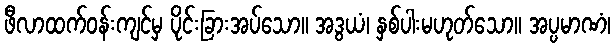
ဖီလာထက်ဝန်းကျင်မှ ပိုင်းခြားအပ်သော။ အဒွယံ၊ နှစ်ပါးမဟုတ်သော။ အပ္ပမာဏံ၊